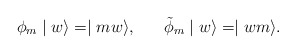
\begin{align*}\phi_{m} \mid w \rangle = \mid mw \rangle , \;\;\;\;\;\; \tilde{\phi}_{m} \mid w \rangle = \mid wm \rangle .\end{align*}